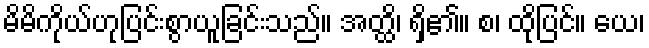
မိမိကိုယ်ဟုပြင်းစွာယူခြင်းသည်။ အတ္ထိ၊ ရှိ၏။ စ၊ ထိုပြင်။ ယေ၊